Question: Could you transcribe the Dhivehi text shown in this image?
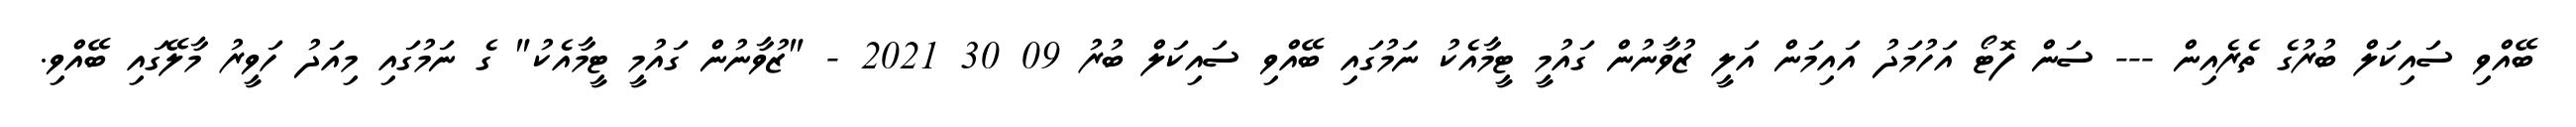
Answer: ބޭއްވި ސައިކަލް ބުރުގެ ތެރެއިން --- ސަން ފޮޓޯ އަހުމަދު އައިމަން އަލީ ޒުވާނުން ގައުމީ ޓީމާއެކު ނަމުގައި ބޭއްވި ސައިކަލް ބުރު 09 30 2021 - "ޒުވާނުން ގައުމީ ޓީމާއެކު" ގެ ނަމުގައި މިއަދު ހަވީރު މާލޭގައި ބޭއްވި.